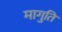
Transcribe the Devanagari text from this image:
मागुति